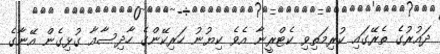
ދައުރުގެ ތެރޭގައި ކުރިމަތިވި ކެޓްރީނާ އެވެ ކިޔުނު ހަރިކޭންގެ ހާދިސާއާ ގުޅިގެން އޭނާގެ